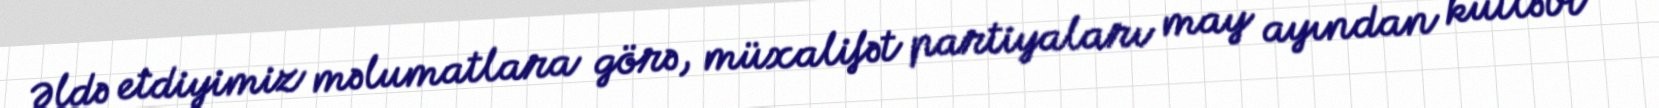
Əldə etdiyimiz məlumatlara görə, müxalifət partiyaları may ayından kütləvi